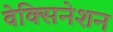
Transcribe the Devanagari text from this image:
वेक्सिनेशन